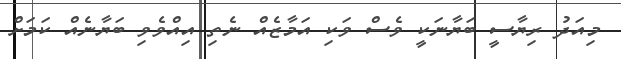
މިއަދު ރިޔާސީ ބަޔާނަކީ ވެސް ވަކި އަމާޒެއް ނެތި އިއްވެވި ބަޔާނެއް ކަމަށް